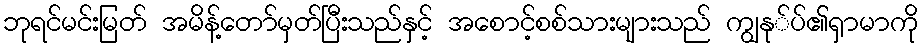
ဘုရင်မင်းမြတ် အမိန့်တော်မှတ်ပြီးသည်နှင့် အစောင့်စစ်သားများသည် ကျွနု်ပ်၏ရှာမာကို